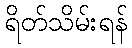
ရိတ်သိမ်းရန်